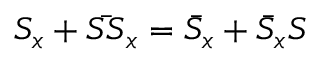
S _ { x } + \bar { S S } _ { x } = \bar { S } _ { x } + \bar { S } _ { x } S